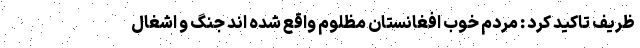
ظریف تاکید کرد : مردم خوب افغانستان مظلوم واقع شده اند جنگ و اشغال